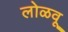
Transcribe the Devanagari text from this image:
लोळवू